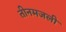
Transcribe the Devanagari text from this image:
तीनमजली